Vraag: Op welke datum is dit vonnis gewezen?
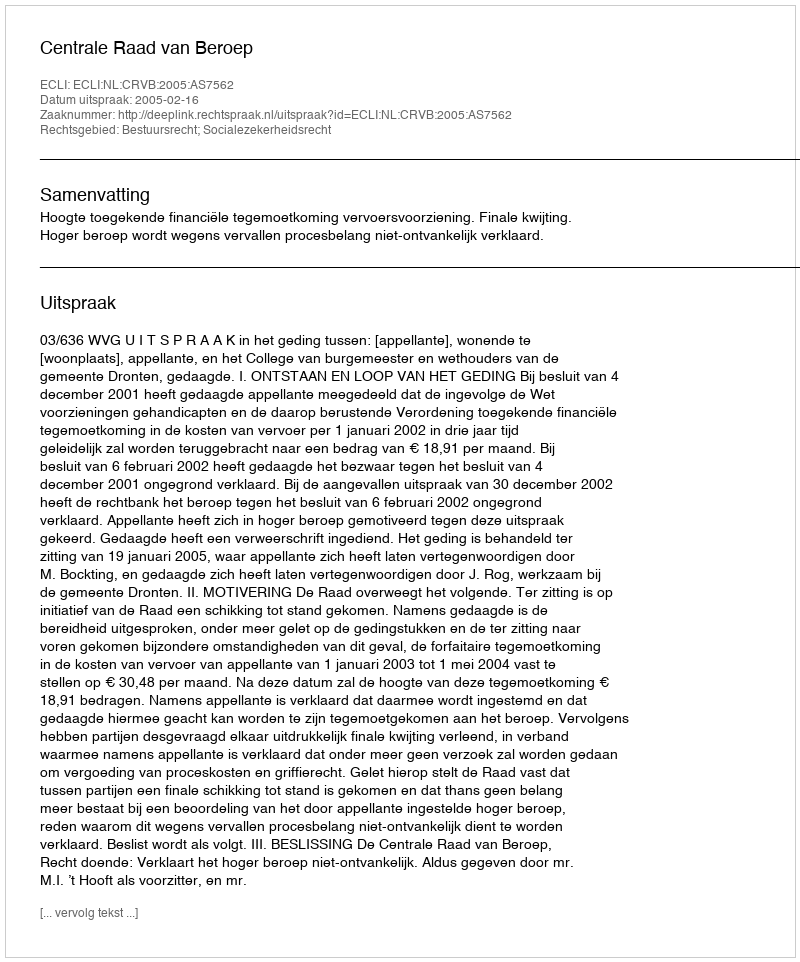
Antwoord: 2005-02-16